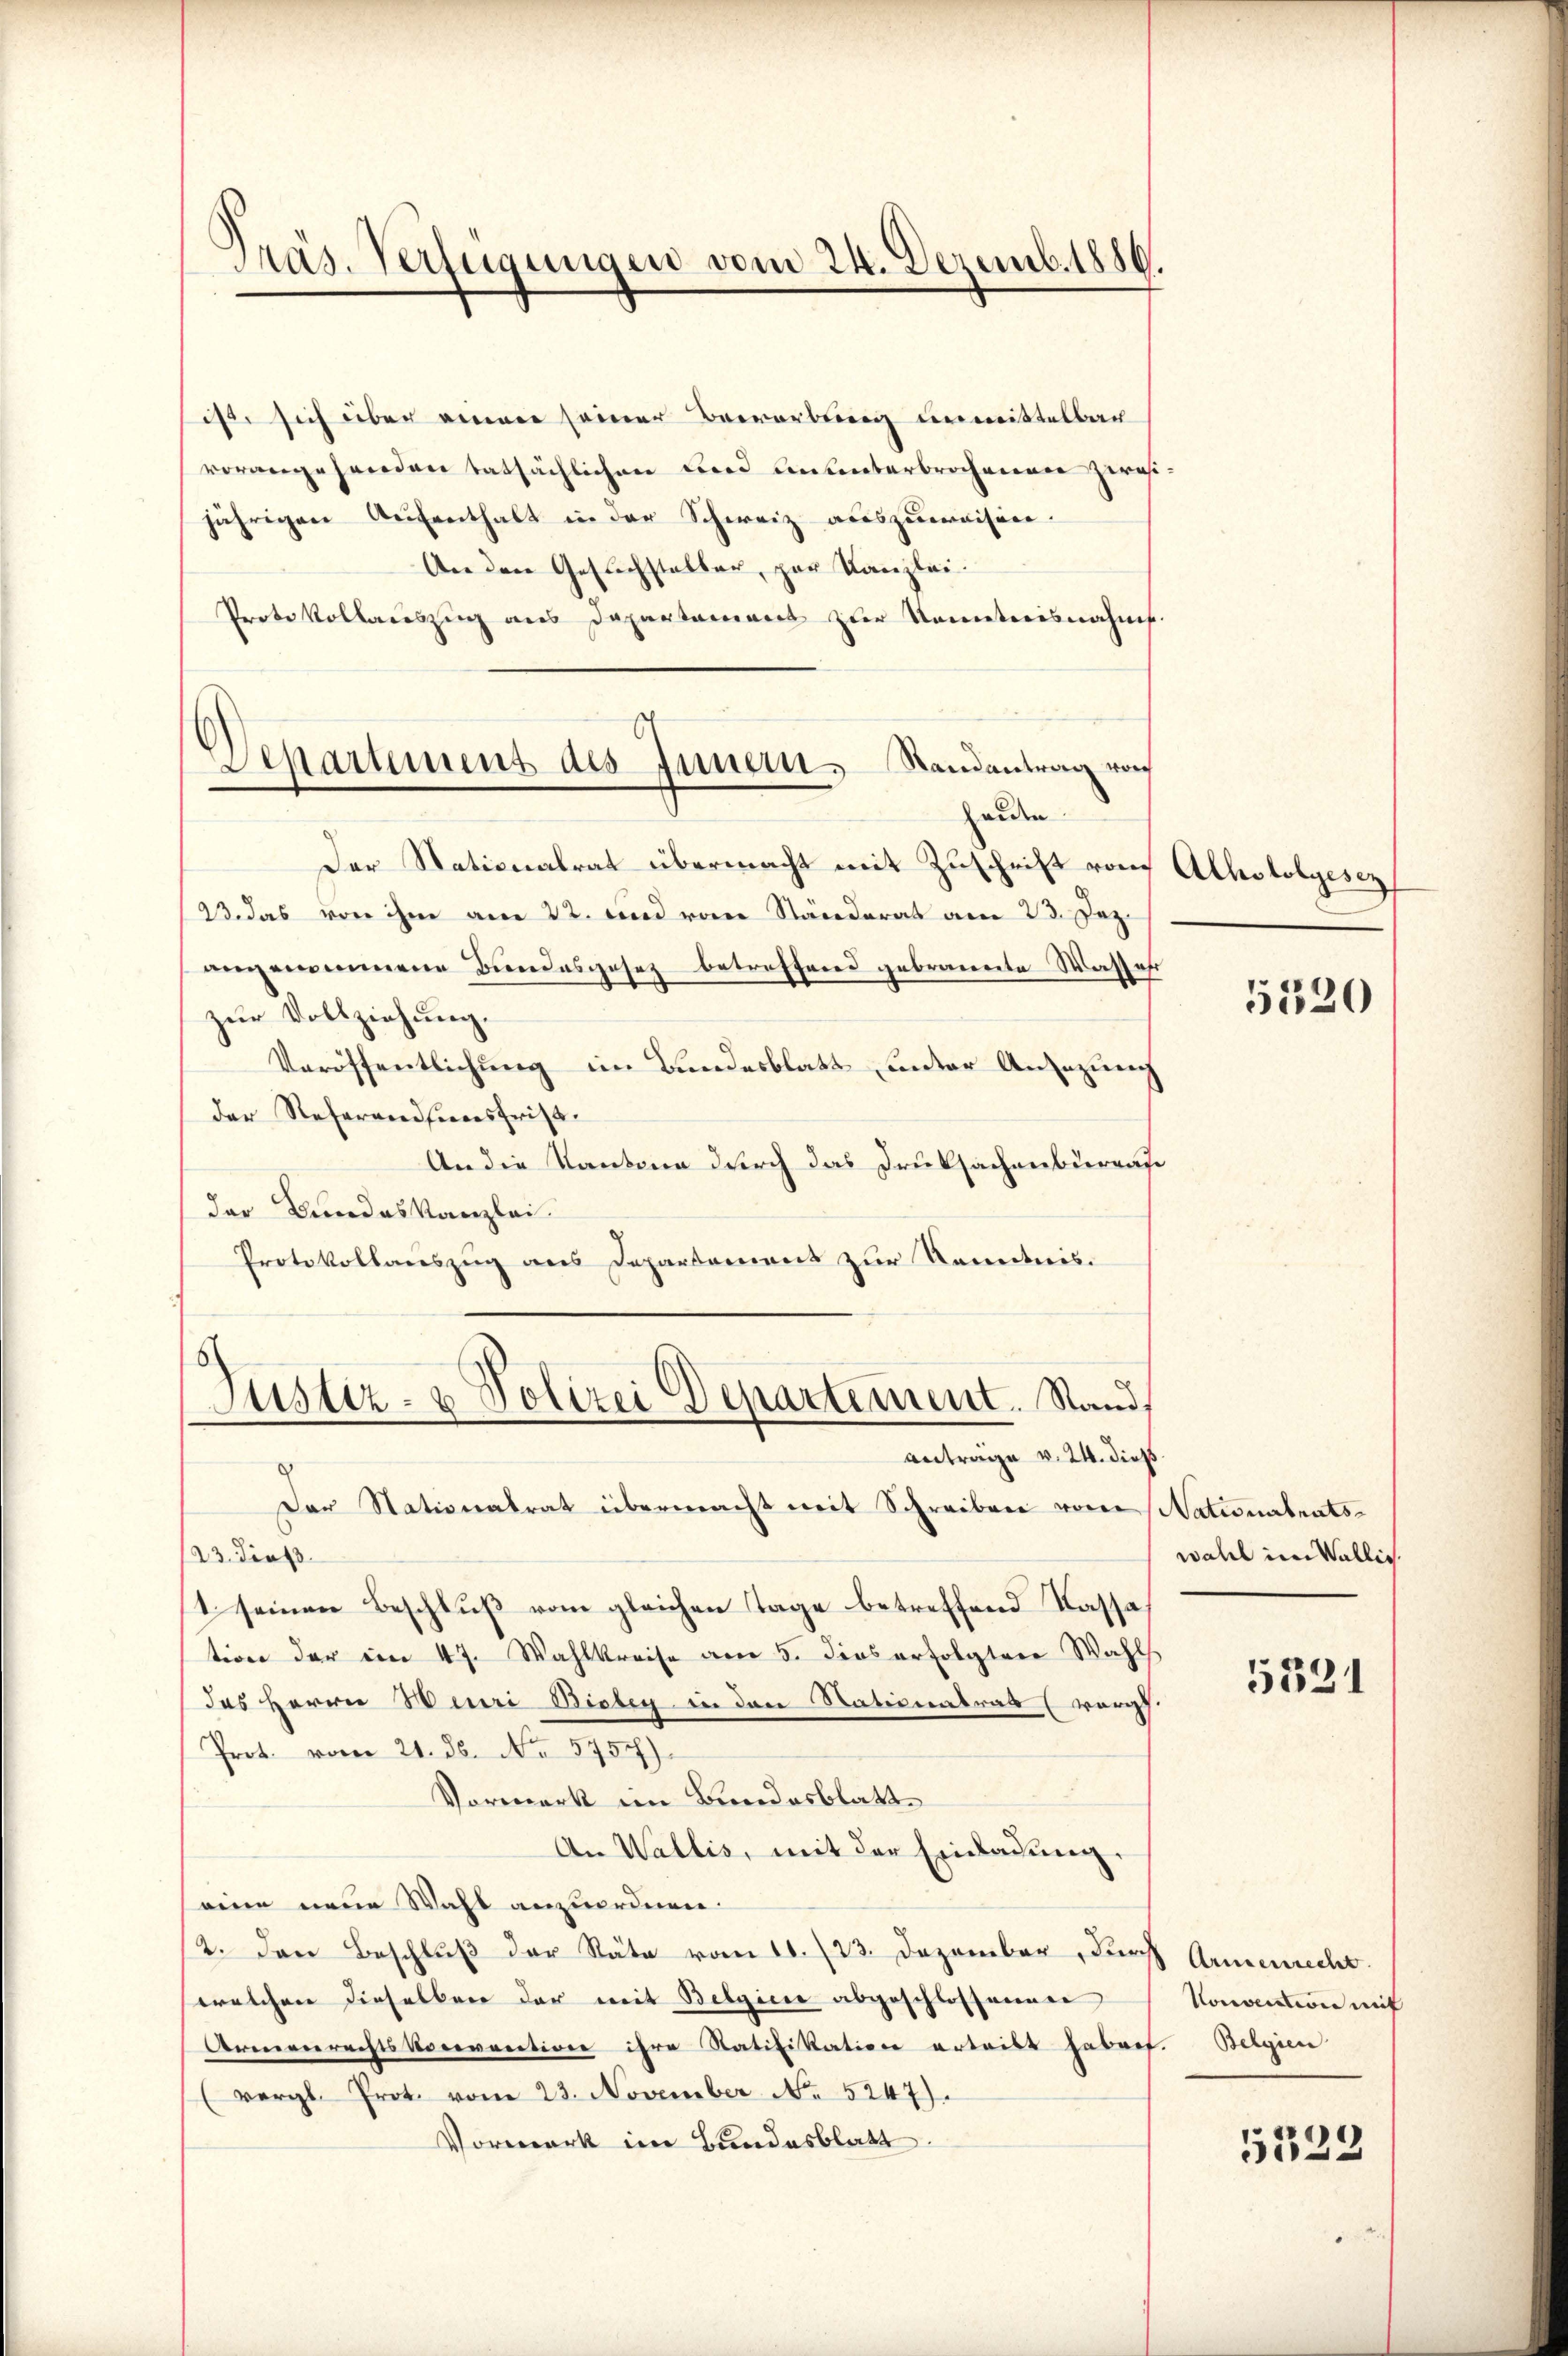
Präs. Verfügungen vom 24. Dezemb. 1886.

ist sich über einer seiner Bewerbung unmittelbar
vorangesenden tatsächlichen und Antanterbrochenenen zwei
jährigen Aufenthalt in der Schweiz auszuweisen.
An den Gesuchsteller, par Kanzlei.
Probe Vollauszug aus Departamens zur Nameterisnahmt.
Der Nationalrat übermacht mit Zuschrift von
23. das von ihm am 22. und vom Ständerat am 23. Dez.
angenommene Bundesgesez betreffend gebrannte Wasser
zur Vollziehung.
Veröffentlichung im Bundesblatt unter Ansizung
der Referandfeiersfrist.
An die Kantone durch das Druksachensterrate
der Bundeskanzlei
Protokollauszug aus Departement zur Kenntnis.
Justiz- & Polizei Departement. Stand,
antrage v. 24. dies
Der Stationalrat übermacht mit Schreiben von Nationalrats-
23. dieß
1 seinen Beschluß vom gleichen Tage betreffend Kassa
tion der im 47. Wahlkreise am 5. dies erfolgter Wahl
das Herrn Henri Bieben in den Nationatrals (wors.
Prot. vom 21. ds. No 5757)
Vormerk im Bundesblatt
An Wallis, mit der Einladung.
eine neue Wahl anzuordnen.
12. Den Beschlŭβ der Räte vom 10. 23. Dezember, durch Armenrecht.
(welchen dieselben der mit Belgicie abgeschlossammen
Armenrechts vorevocation ihre Ratifikation ertritt haben. Belgien
(vergl. Prot. vom 23. November No 5247).
Vormerk im Bundesblatt.

.
Departement des Innern. Randantrag von
halden.

Alkoholgesez

5120

wahl im Wallic

5321

Konsection mit

5223